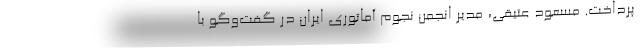
پرداخت. مسعود عتیقی، مدیر انجمن نجوم آماتوری ایران در گفت‌وگو با